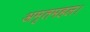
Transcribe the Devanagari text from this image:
अमृतमहल।